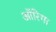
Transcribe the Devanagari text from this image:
ऑरिगा